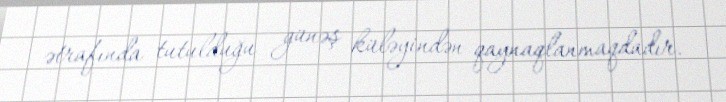
ətrafında tutulduğu günəş küləyindən qaynaqlanmaqdadır.